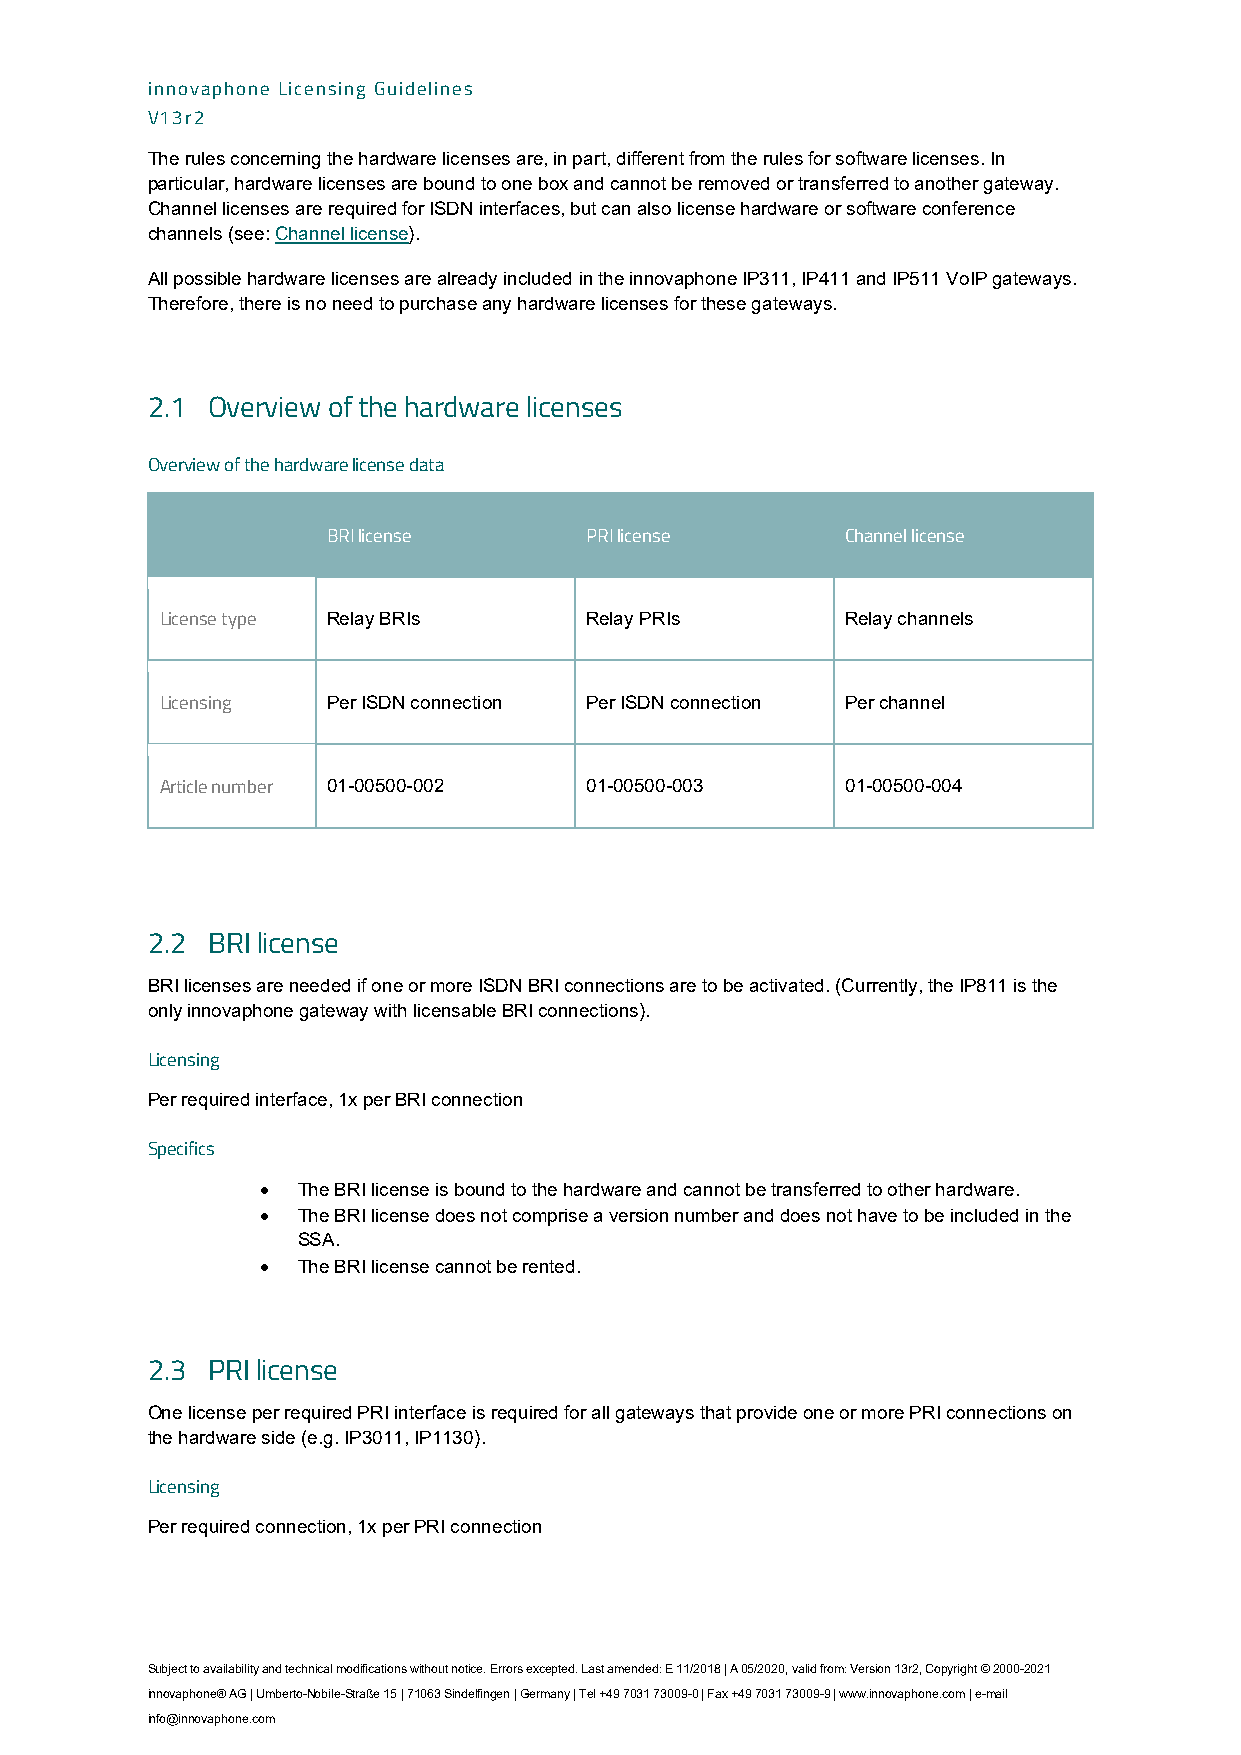
innovaphone Licensing Guidelines
 V13r2
 The rules concerning the hardware licenses are, in part, different from the rules for software licenses. In
 particular, hardware licenses are bound to one box and cannot be removed or transferred to another gateway.
 Channel licenses are required for ISDN interfaces, but can also license hardware or software conference
 channels (see: Channel license).
 All possible hardware licenses are already included in the innovaphone IP311, IP411 and IP511 VoIP gateways.
 Therefore, there is no need to purchase any hardware licenses for these gateways.
 2.1 Overview of the hardware licenses
 Overview of the hardware license data
 BRI license      PRI license      Channel license
 License type Relay BRIs     Relay PRIs       Relay channels
 Licensing  Per ISDN connection Per ISDN connection Per channel
 Article number 01-00500-002 01-00500-003     01-00500-004
 2.2 BRI license
 BRI licenses are needed if one or more ISDN BRI connections are to be activated. (Currently, the IP811 is the
 only innovaphone gateway with licensable BRI connections).
 Licensing
 Per required interface, 1x per BRI connection
 Specifics
 •  The BRI license is bound to the hardware and cannot be transferred to other hardware.
 •  The BRI license does not comprise a version number and does not have to be included in the
 SSA.
 •  The BRI license cannot be rented.
 2.3 PRI license
 One license per required PRI interface is required for all gateways that provide one or more PRI connections on
 the hardware side (e.g. IP3011, IP1130).
 Licensing
 Per required connection, 1x per PRI connection
 Subject to availability and technical modifications without notice. Errors excepted. Last amended: E 11/2018 | A 05/2020, valid from: Version 13r2, Copyright © 2000-2021
 innovaphone® AG | Umberto-Nobile-Straße 15 | 71063 Sindelfingen | Germany | Tel +49 7031 73009-0 | Fax +49 7031 73009-9 | www.innovaphone.com | e-mail
 info@innovaphone.com